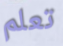
تعلم